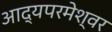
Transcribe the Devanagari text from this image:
आद्यपरमेश्वर